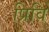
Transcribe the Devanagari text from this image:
प्रिवि